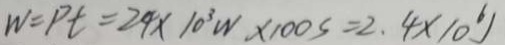
w = p t = 2 4 \times 1 0 ^ { 3 } W \times 1 0 0 s = 2 . 4 \times 1 0 ^ { 6 }